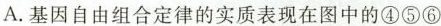
A.基因自由组合定律的实质表现在图中的④⑤⑥